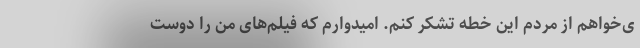
ی‌خواهم از مردم این خطه تشکر کنم. امیدوارم که فیلم‌های من را دوست